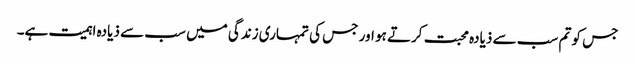
جس کو تم سب سے ذیادہ محبت کرتے ہو اور جس کی تمہاری زندگی میں سب سے ذیادہ اہمیت ہے۔